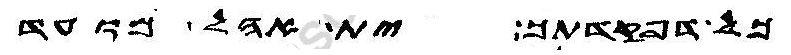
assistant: כל דפקדתך ית אהל מועד